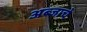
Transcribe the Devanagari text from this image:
अब्जाचे